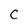
Character: C